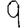
Digit: 9